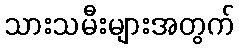
သားသမီးများအတွက်